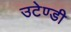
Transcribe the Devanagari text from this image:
उटेण्डी